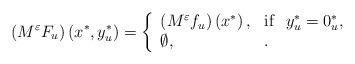
LaTeX: \begin{align*}{\left( {{M^{\varepsilon }}{F_{u}}}\right) \left( {{x^{\ast }},y_{u}^{\ast }}\right) =\left\{ {\begin{array}{ll}{\left( {{M^{\varepsilon }}{f_{u}}}\right) \left( {x^{\ast }}\right) ,} & {\mathrm{if}\ \ y_{u}^{\ast }=0_{u}^{\ast },} \\ \emptyset , & .\end{array}\;}\right. } \end{align*}